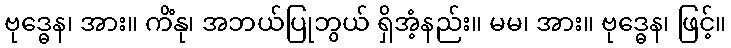
ဗုဒ္ဓေန၊ အား။ ကိံနု၊ အဘယ်ပြုဘွယ် ရှိအံ့နည်း။ မမ၊ အား။ ဗုဒ္ဓေန၊ ဖြင့်။